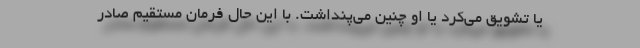
یا تشویق می‌کرد یا او چنین می‌پنداشت. با این حال فرمان مستقیم صادر